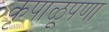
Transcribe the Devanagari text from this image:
कृपाळूपणा